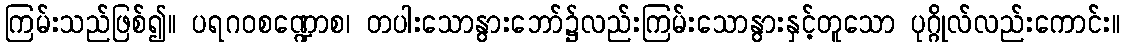
ကြမ်းသည်ဖြစ်၍။ ပရဂဝစဏ္ဍောစ၊ တပါးသောနွားဘော်၌လည်းကြမ်းသောနွားနှင့်တူသော ပုဂ္ဂိုလ်လည်းကောင်း။